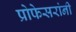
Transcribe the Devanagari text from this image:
प्रोफेसरांनी